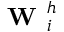
\textbf { W } _ { i } ^ { h }